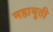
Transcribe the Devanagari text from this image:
महायुती